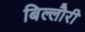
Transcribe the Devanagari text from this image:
बिल्लौरी